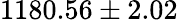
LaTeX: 1180.56\pm 2.02